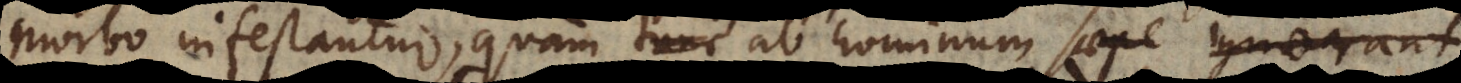
morbo infestantur, quam saepe ab hominum naturam ignorant